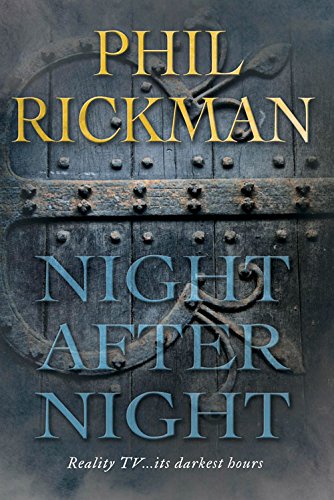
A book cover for Night After Night; Phil Rickman; Literature & Fiction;